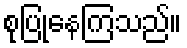
စုပြုံနေကြသည်။